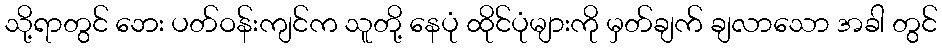
သို့ရာတွင် ဘေး ပတ်ဝန်းကျင်က သူတို့ နေပုံ ထိုင်ပုံများကို မှတ်ချက် ချလာသော အခါ တွင်